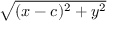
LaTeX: \sqrt { ( x - c ) ^ { 2 } + y ^ { 2 } }